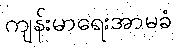
ကျန်းမာရေးအာမခံ